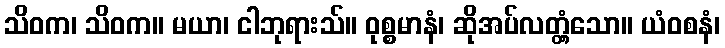
သိဝက၊ သိဝက။ မယာ၊ ငါဘုရားသ်။ ဝုစ္စမာနံ၊ ဆိုအပ်လတ္တံ့သော။ ယံဝစနံ၊